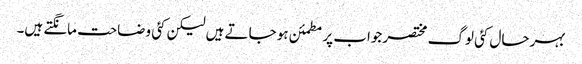
بہرحال کئی لوگ مختصر جواب پر مطمئن ہو جاتے ہیں لیکن کئی وضاحت مانگتے ہیں۔